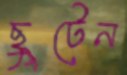
ছুটেন